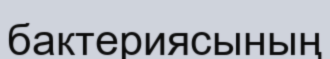
бактериясының